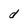
Character: d